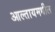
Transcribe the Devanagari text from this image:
आल्तायमधील